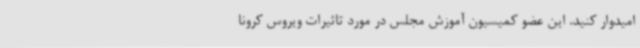
امیدوار کنید. این عضو کمیسیون آموزش مجلس در مورد تاثیرات ویروس کرونا